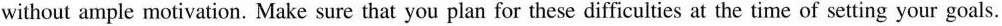
without ample motivation. Make sure that you plan for these difficulties at the time of setting your goals.